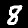
Digit: 8